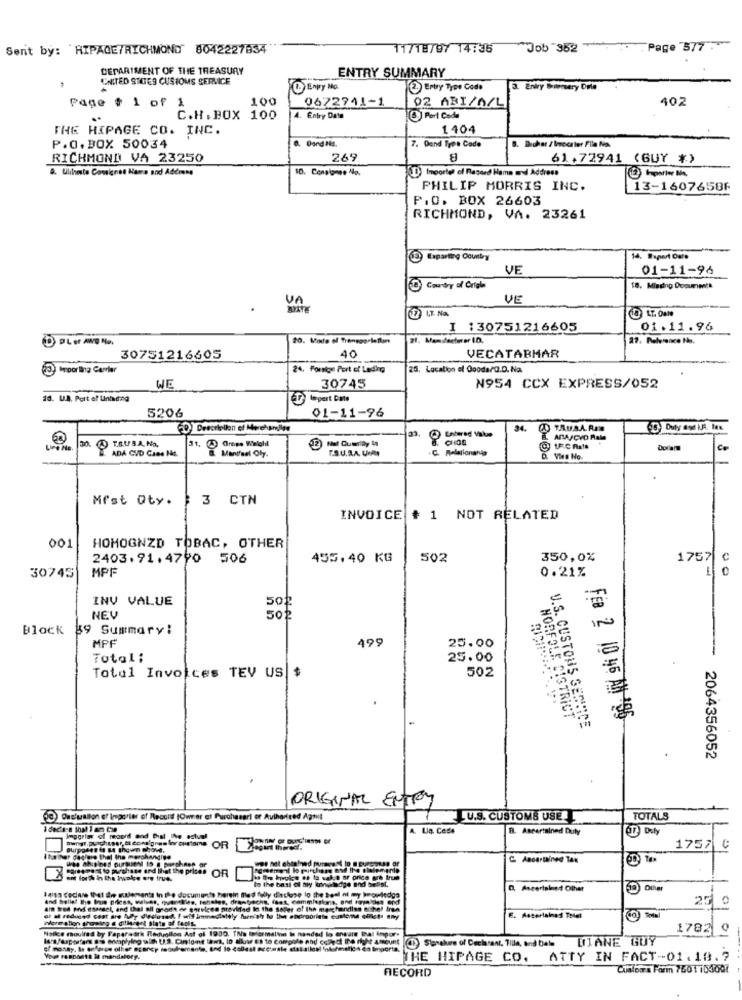
Sent by: RIPAQETRICHMOND" 8042227834
11718/07 14:35
Job 352
Page 577.
DEPARTMENT OF THE TREASURY
ENTRY SUMMARY
UNITED STIGES CUSTOMS SERVICE
Envy No.
2 Enby Type Code
3. Enly Biemery Dile
100
0672741-1
02 ABI/A/L
402
Page # 1 of
..
C.H. BOX 100
4. Entry Date
OPort Cod.
THE HIPAGE CO. INC.
1404
8. Dund Ha
B. Buchar / Incerter File No.
P.O.BOX 50034
7. Oand Tres Cade
RICHMOND VA 23250
269
61.72941 (GUY *)
a. Ulilreste Consignee Name and Address
D) Importe of Rageed Hame wd Address
PHILIP MORRIS INC.
13-1607658F
P.O. BOX 26603
RICHMOND, VA. 23261
VE
01-11-96
D Country of Origle
18. Misdno Documents
VE
.
Un
10 LT. OmNe
I :30751216605
01.11.96
40
30751216605
VECATABMAR
23 ITporling Carrier
24. Foralgu Port of Lading
25, Location of Goods/Q.0. Na.
WE
30745
N954 CCX EXPRESS/052
16. U.A. Pert ef Uning
TIpert Cols
520&
01-11-96
(CD) Description of Merchandise
34.
@ TAUAA RIN
30.
T.O.U.S.A. No.
ADVA/CVO Rale
ADA CVD Caes Nt.
31. 2 Gress Whichit
Dollar
& Mantfaal Chy.
D. Vive No.
Mrst Qty.
$ 3 CTN
INVOICE
# 1 NOT RELATED
001
HOMOGNZD TOBAC, OTHER
2403.91.4790 506
455.40 KG
502
350,0%
1757
MPF
0.21%
10
30745
INV VALUE
50₽
NEU
502
Block
39 Summary:
MPF
499
25.00
Total;
25.00
Total Invoices TEV US $
502
Fre 2 10 45 AM '96
NORFOLK DISTRICT
U.S. CUSTOMS SERVICE
2064356052
ORIGINAL ENTRY
) Que'wallon of Ingorier of Record (Owner et Purchaegri of Aviharited April
LU.S. CUSTOMS USE
TOTALS
A. Lą. Cede
B. Ascertained Duty
OR
1757 ¢
har coolero thel the merchandise
C Anoartained Tau
careerest to purchase and that the prices OF
em forth in the Iwake ere frue.
to the best of ary bonslodge and besst.
483 Ceciare that die elements in the documento herein Blad fully dieclose to the beal of my knowledge
D. Ascertainet Olhar
-
am Wed poid esansel, and that all groet es porelces provided In the soler of the marchandise nithe! irga
25 0
More alion thgoing & dilla tal State of focis-
Nollce moules by Faparastk Ileduollon Ast of 1930. TNa Informalkn In nandad lo ensare bal inpor.
1783 0
DIANE GUY
THE HIPAGE CO. ATTY IN FACT-01.19.7
RECORD
Cualpara Form 7501 iDJ007